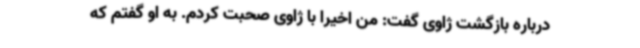
درباره بازگشت ژاوی گفت: من اخیرا با ژاوی صحبت کردم. به او گفتم که